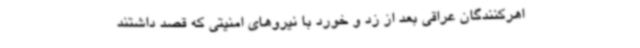
اهرکنندگان عراقی بعد از زد و خورد با نیروهای امنیتی که قصد داشتند